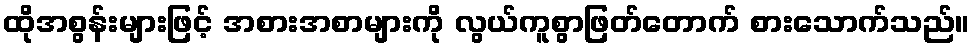
ထိုအစွန်းများဖြင့် အစားအစာများကို လွယ်ကူစွာဖြတ်တောက် စားသောက်သည်။